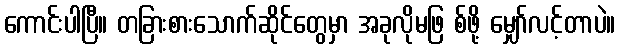
ကောင်းပါပြီ။ တခြားစားသောက်ဆိုင်တွေမှာ အခုလိုမဖြ စ်ဖို့ မျှော်လင့်တာပဲ။